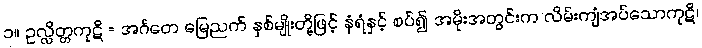
၁။ ဥလ္လိတ္တကုဋိ = အင်္ဂတေ မြေညက် နှစ်မျိုးတို့ဖြင့် နံရံနှင့် စပ်၍ အမိုးအတွင်းက လိမ်းကျံအပ်သောကုဋိ၊